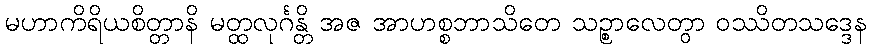
မဟာကိရိယစိတ္တာနိ မတ္ထလုင်္ဂန္တိ အဇ အာဟစ္စဘာသိတေ သဉ္စာလေတွာ ဝဿိတသဒ္ဒေန